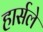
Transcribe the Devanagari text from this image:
हार्सले